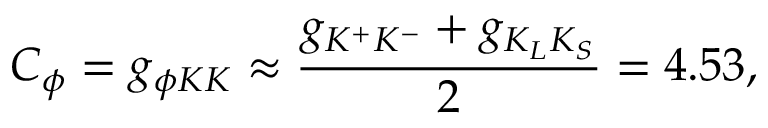
C _ { \phi } = g _ { \phi K K } \approx \frac { g _ { K ^ { + } K ^ { - } } + g _ { K _ { L } K _ { S } } } { 2 } = 4 . 5 3 ,